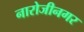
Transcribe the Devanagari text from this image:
नारोजीनगर